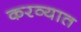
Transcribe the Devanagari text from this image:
करव्यात